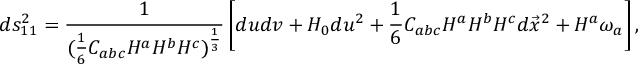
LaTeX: d s _ { 1 1 } ^ { 2 } = { \frac { 1 } { ( { \frac { 1 } { 6 } } C _ { a b c } H ^ { a } H ^ { b } H ^ { c } ) ^ { \frac { 1 } { 3 } } } } \left[ d u d v + H _ { 0 } d u ^ { 2 } + { \frac { 1 } { 6 } } C _ { a b c } H ^ { a } H ^ { b } H ^ { c } d \vec { x } ^ { 2 } + H ^ { a } \omega _ { a } \right] ,